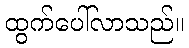
ထွက်ပေါ်လာသည်။